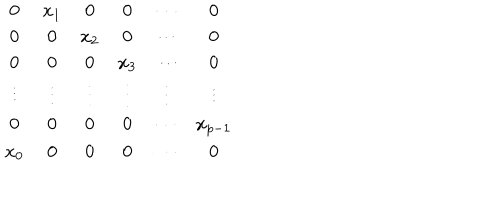
LaTeX: \begin{array} { c c c c c c } { { 0 } } & { { x _ { 1 } } } & { { 0 } } & { { 0 } } & { { \cdots } } & { { 0 } } \\ { { 0 } } & { { 0 } } & { { x _ { 2 } } } & { { 0 } } & { { \cdots } } & { { 0 } } \\ { { 0 } } & { { 0 } } & { { 0 } } & { { x _ { 3 } } } & { { \cdots } } & { { 0 } } \\ { { \vdots } } & { { \vdots } } & { { \vdots } } & { { \vdots } } & { { \vdots } } & { { \vdots } } \\ { { 0 } } & { { 0 } } & { { 0 } } & { { 0 } } & { { \cdots } } & { { x _ { p - 1 } } } \\ { { x _ { 0 } } } & { { 0 } } & { { 0 } } & { { 0 } } & { { \cdots } } & { { 0 } } \\ \end{array}